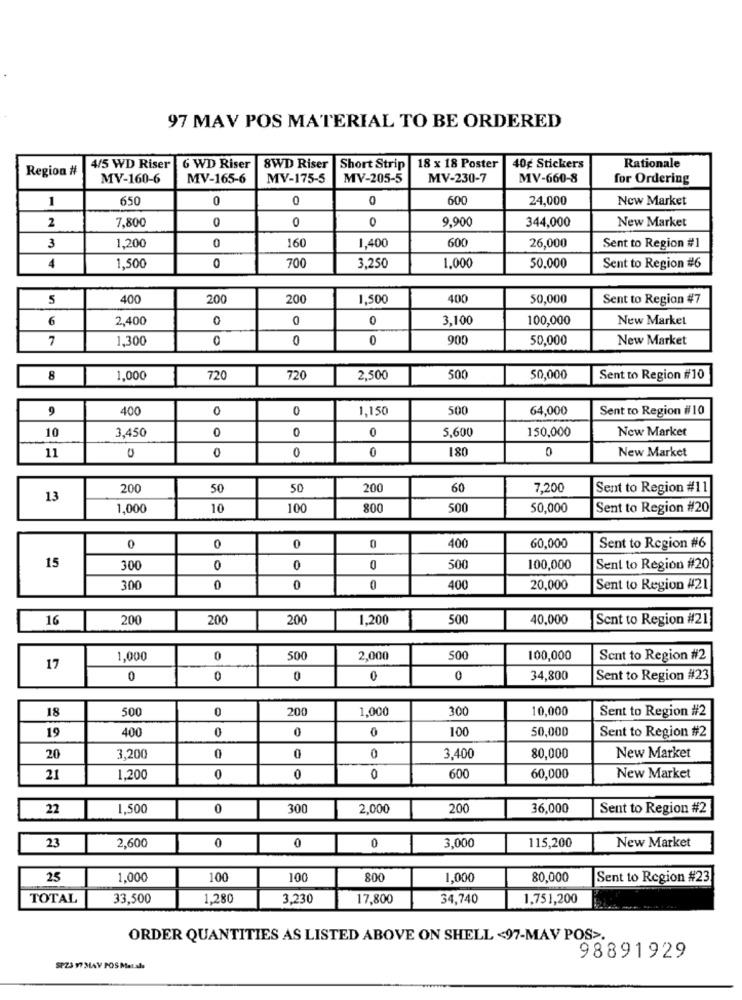
97 MAV POS MATERIAL TO BE ORDERED
40g Stickers
Region #
4/5 WD Riser
6 WD Riser
8WD Riser
Short Strip
18 x 18 Poster
Rationale
MV-160-6
MV-165-6
MV-175-5
MV-205-5
MV-230-7
MV-660-8
for Ordering
1
650
0
0
600
24,000
New Market
7,800
0
9,900
344,000
New Market
2
0
0
1,200
160
600
3
0
1,400
26,000
Sent to Region #1
1,500
700
1,000
4
0
3,250
50,000
Sent to Region #6
5
400
200
200
1,500
400
50,000
Sent to Region #7
6
2,400
0
0
0
3,100
100,000
New Market
7
1,300
0
0
0
90
50,000
New Market
8
1,000
720
720
2,500
500
50,000
Sent to Region #10
9
400
0
0
1,150
500
64,000
Sent to Region #10
10
3,450
0
0
5,600
150,000
New Market
0
11
0
0
0
0
180
0
New Market
200
50
50
200
60
7,200
Sent to Region #11
13
1,000
10
100
800
500
50,000
Sent to Region #20
0
0
0
0
400
60,000
Sent to Region #6
15
300
0
0
0
500
100,000
Sent to Region #20
300
0
0
0
400
20,000
Sent to Region #21
16
200
200
200
1,200
500
40,000
Sent to Region #21
1,000
0
500
2,000
500
100,000
Sent to Region #2
17
0
0
0
0
0
34,800
Sent to Region #23
18
500
0
200
1,000
300
10,000
Sent to Region #2
19
400
0
0
0
100
50,000
Sent to Region #2
20
3,200
0
0
0
3,400
80,000
New Market
60,000
21
1.200
0
0
0
600
New Market
22
1,500
0
300
2,000
200
36,000
Sent to Region #2
23
3,000
New Market
2,600
0
0
0
115,200
25
1,000
100
100
800
1,000
80,000
Sent to Region #23
TOTAL
33,500
1,280
3,230
17,800
34,740
1,751,200
ORDER QUANTITIES AS LISTED ABOVE ON SHELL <97-MAV POS>.
98891929
SPZ3 97 MAY POS Matalı